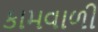
કામવાળી